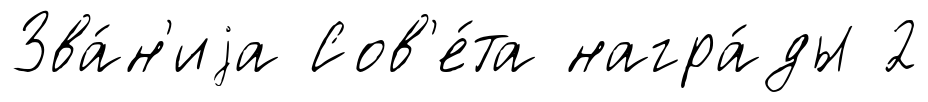
Зва́н'иjа Сов'е́та награ́ды 2